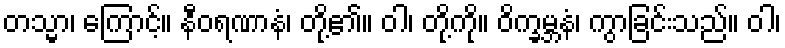
တသ္မာ၊ ကြောင့်။ နီဝရဏာနံ၊ တို့၏။ ဝါ၊ တို့ကို။ ဝိက္ခမ္ဘနံ၊ ကွာခြင်းသည်။ ဝါ၊